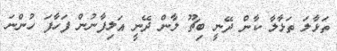
ތަޅާލަ ތަޅާލާ ކާން ދޭނީ ބިޗޫ ލާން ދޭނީ އަލިފާނުން ފަހާފަ ހުންނަ